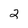
Character: 2